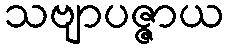
သဗျာပဇ္ဇာယ